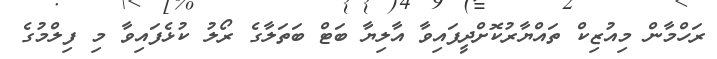
ރަހްމާން މިއުޒިކް ތައްޔާރުކޮށްދީފައިވާ އާލިޔާ ބަޓް ބަތަލާގެ ރޯލު ކުޅެފައިވާ މި ފިލްމުގެ